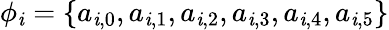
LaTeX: \phi_{\mathit{i}}=\{ a_{\mathit{i},0},a_{\mathit{i},1},a_{\mathit{i},2},a_{\mathit{i},3},a_{\mathit{i},4},a_{\mathit{i},5}\}